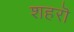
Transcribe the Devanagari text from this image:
शहरॊ